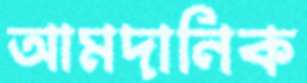
আমদানিক